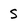
Character: S